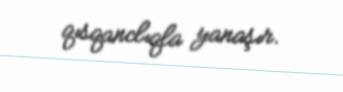
qısqanclıqla yanaşır.